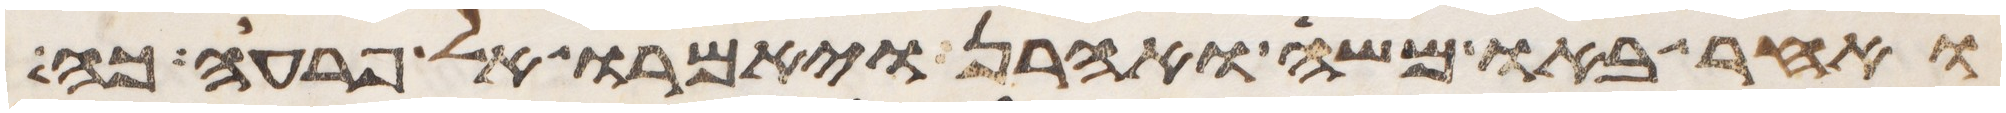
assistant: ואחר באו משה ואהרן ויאמרו אל פרעה כה